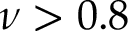
\nu > 0 . 8